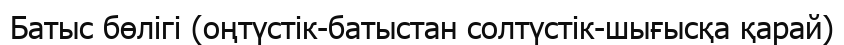
Батыс бөлігі (оңтүстік-батыстан солтүстік-шығысқа қарай)